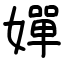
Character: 嬋